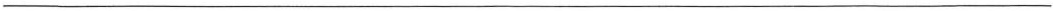
\underline{}